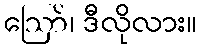
ဪ၊ ဒီလိုလား။